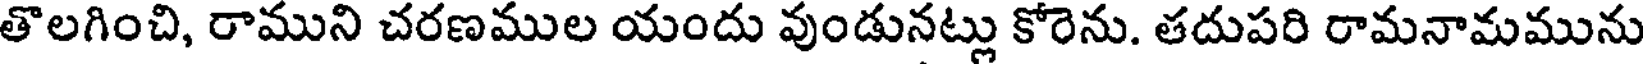
తొలగించి, రాముని చరణముల యందు వుండునట్లు కోరెను. తదుపరి రామనామమును